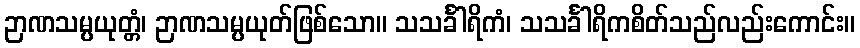
ဉာဏသမ္ပယုတ္တံ၊ ဉာဏသမ္ပယုတ်ဖြစ်သော။ သသင်္ခါရိကံ၊ သသင်္ခါရိကစိတ်သည်လည်းကောင်း။